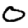
Digit: 0